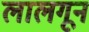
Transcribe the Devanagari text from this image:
लालगून